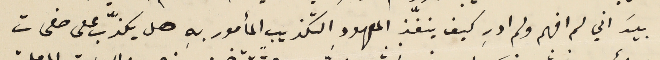
بيدَ اني لم افهم ولم ادرِ كيف ينفّذ المعهود التكذيب المأمور بهِ هل يكذّب على صفحات